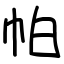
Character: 帕